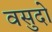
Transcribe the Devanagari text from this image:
वसुदो